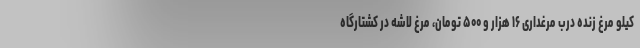
کیلو مرغ زنده درب مرغداری ۱۶ هزار و ۵۰۰ تومان، مرغ لاشه در کشتارگاه